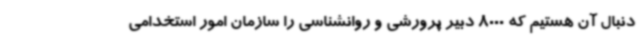
دنبال آن هستیم که 8000 دبیر پرورشی و روانشناسی را سازمان امور استخدامی